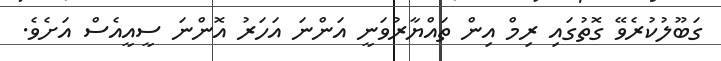
ގަބޫލުކުރެވޭ ގޮތުގައި ރިމް އިން ތައްޔާރުވަނީ އަންނަ އަހަރު އޮންނަ ސީއީއެސް އަށެވެ.